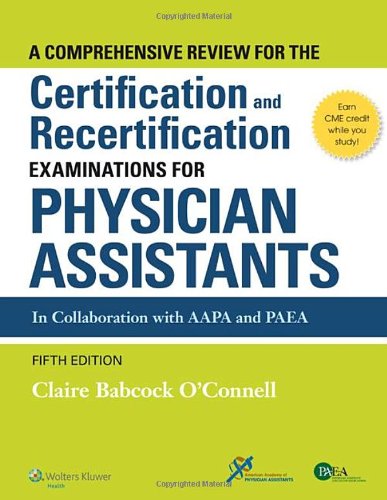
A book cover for A Comprehensive Review For the Certification and Recertification Examinations for Physician Assistants; Claire Babcock O'Connell MPH  PA-C; Test Preparation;